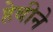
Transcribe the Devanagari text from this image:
हेबीने